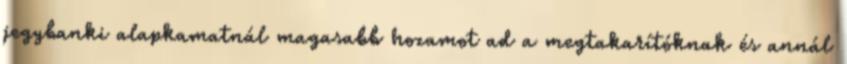
jegybanki alapkamatnál magasabb hozamot ad a megtakarítóknak és annál